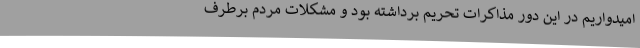
امیدواریم در این دور مذاکرات تحریم برداشته بود و مشکلات مردم برطرف